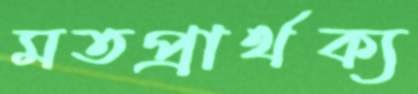
মতপ্রার্থক্য